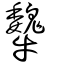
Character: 犩